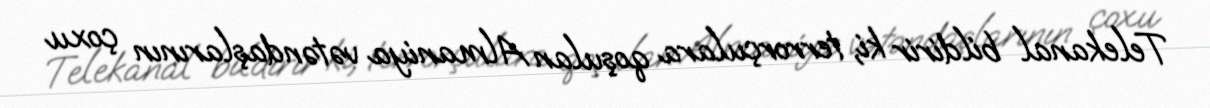
Telekanal bildirir ki, terrorçulara qoşulan Almaniya vətəndaşlarının çoxu